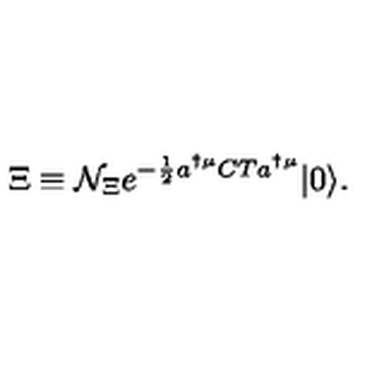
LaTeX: \Xi \equiv { \cal N } _ { \Xi } e ^ { - \frac { 1 } { 2 } a ^ { \dagger \mu } C T a ^ { \dagger \mu } } | 0 \rangle .